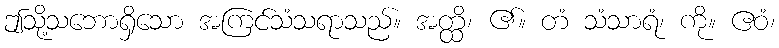
ဤသို့သဘောရှိသော အကြင်သံသရာသည်။ အတ္ထိ၊ ၏။ တံ သံသာရံ၊ ကို။ ဧဝံ၊